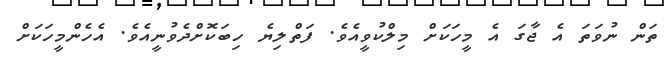
ތަން ނުވަތަ އެ ޖާގަ އެ މީހަކަށް މިލްކުވީއެވެ. ފަތްލިޔެ ހިބަކޮށްދެވުނީއެވެ. އެހެންމީހަކަށް